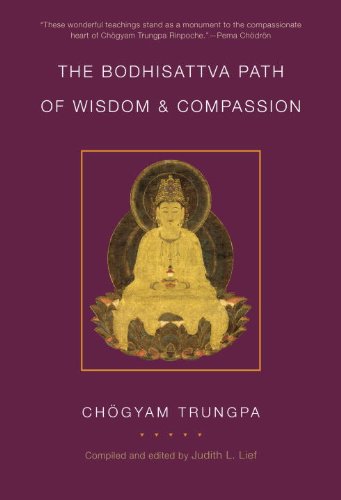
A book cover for The Bodhisattva Path of Wisdom and Compassion: The Profound Treasury of the Ocean of Dharma, Volume Two; Chogyam Trungpa; Religion & Spirituality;